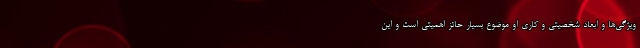
ویژگی‌ها و ابعاد شخصیتی و کاری او موضوع بسیار حائز اهمیتی است و این